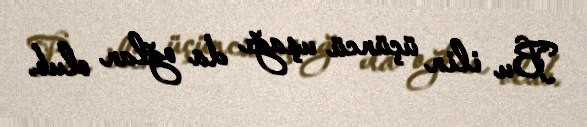
Bu ilin üçüncü uşağı da oğlan olub.